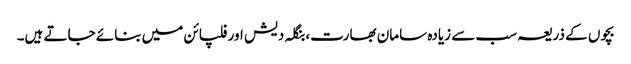
بچوں کے ذریعہ سب سے زیادہ سامان بھارت، بنگلہ دیش اور فلپائن میں بنائے جاتے ہیں۔